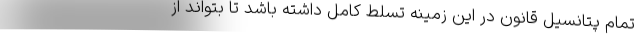
تمام پتانسیل قانون در این زمینه تسلط کامل داشته باشد تا بتواند از